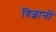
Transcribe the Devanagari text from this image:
विज्ञानों